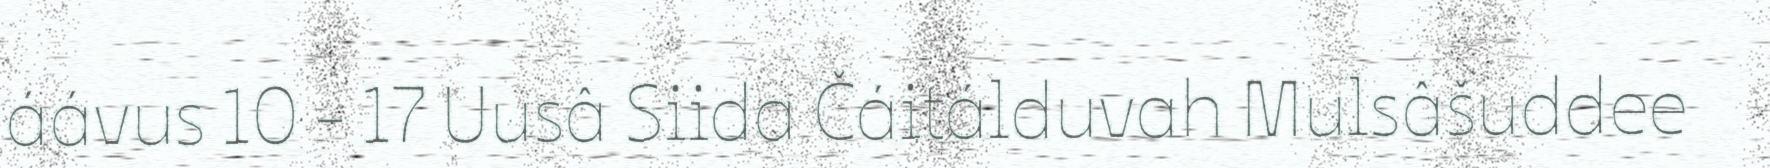
áávus 10 - 17 Uusâ Siida Čáitálduvah Mulsâšuddee